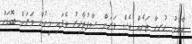
އާއްމު ހުރިހާ ތަނެއް ވެސް ވަރަށް ސާފުތާހިރު ވެފައި މީހުން ވަރަށް ބޮޑަށް